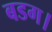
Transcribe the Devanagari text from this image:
बडग।